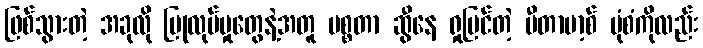
ဖြစ်သွားတဲ့ အခုလို ပြုလုပ်မှုတွေနဲ့အတူ မစ္စတာ ဆွီနေ ရှုမြင်တဲ့ မီတာဗာ့စ် ပုံစံကိုလည်း